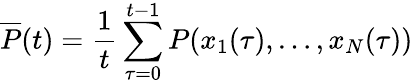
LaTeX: {\overline{{P}}}(t)={\frac{1}{t}}\sum_{\tau=0}^{t-1}P(x_{1}(\tau),\ldots,x_{N}(\tau))